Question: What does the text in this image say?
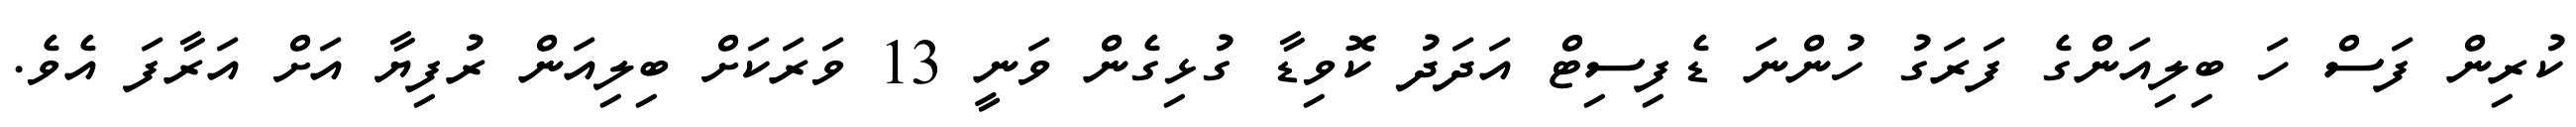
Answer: ކުރިން ފަސް ހަ ބިލިއަންގެ ފަރަގު ހުންނަ ޑެފިސިޓް އަދަދު ކޮވިޑާ ގުޅިގެން ވަނީ 13 ވަރަކަށް ބިލިއަން ރުފިޔާ އަށް އަރާފަ އެވެ.